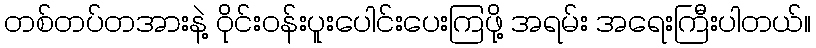
တစ်တပ်တအားနဲ့ ဝိုင်းဝန်းပူးပေါင်းပေးကြဖို့ အရမ်း အရေးကြီးပါတယ်။